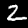
Digit: 2